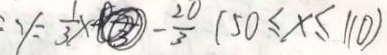
y = \frac { 1 } { 3 } x - \frac { 2 0 } { 3 } ( 5 0 \leq x \leq 1 1 0 )